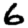
Digit: 6